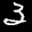
Label: 3